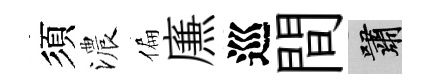
須濃偏㢘巡間嘯